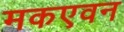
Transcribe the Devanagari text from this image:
मकएवन